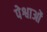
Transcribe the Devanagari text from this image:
पेश्वाओं